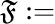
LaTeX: \mathfrak{F}:=